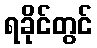
ရခိုင်တွင်